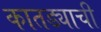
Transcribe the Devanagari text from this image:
कातड्याची